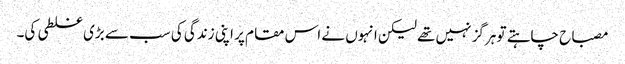
مصباح چاہتے تو ہرگز نہیں تھے لیکن انہوں نے اس مقام پر اپنی زندگی کی سب سے بڑی غلطی کی۔